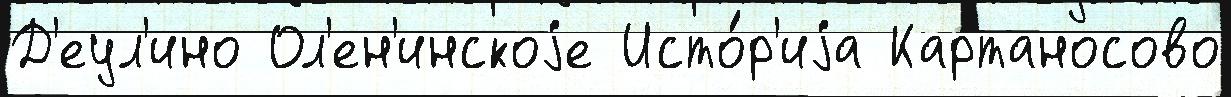
Д'еул'ино Ол'ен'инскоjе Исто́р'иjа Картаносово